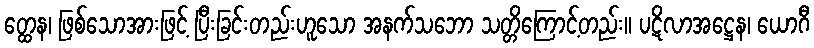
တ္ထေန၊ ဖြစ်သောအားဖြင့် ပြီးခြင်းတည်းဟူသော အနက်သဘော သတ္တိကြောင့်တည်း။ ပဋိလာအဋ္ဌေန၊ ယောဂီ